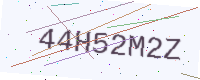
Text: 44H52M2Z